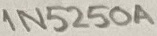
Text: 1N5250A